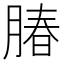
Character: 䐏